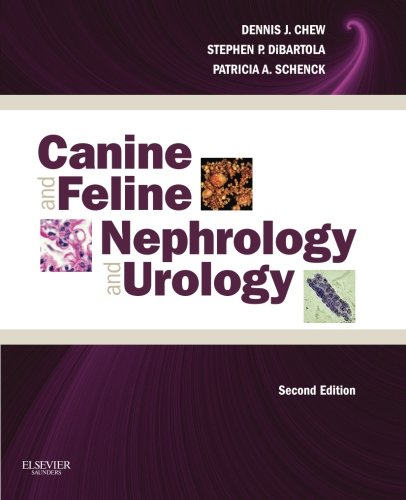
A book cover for Canine and Feline Nephrology and Urology, 2e; Dennis J. Chew DVM  DACVIM; Medical Books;